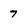
Character: 7